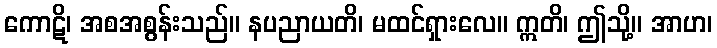
ကောဋိ၊ အစအစွန်းသည်။ နပညာယတိ၊ မထင်ရှားလေ။ ဣတိ၊ ဤသို့။ အာဟ၊